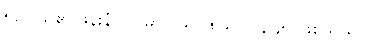
၅၁။ သူ၏ ဖုန်းနံပါတ်မှာ ၀၉-၇၈၉၀၁၂၃၄၅ ဖြစ်သည်။